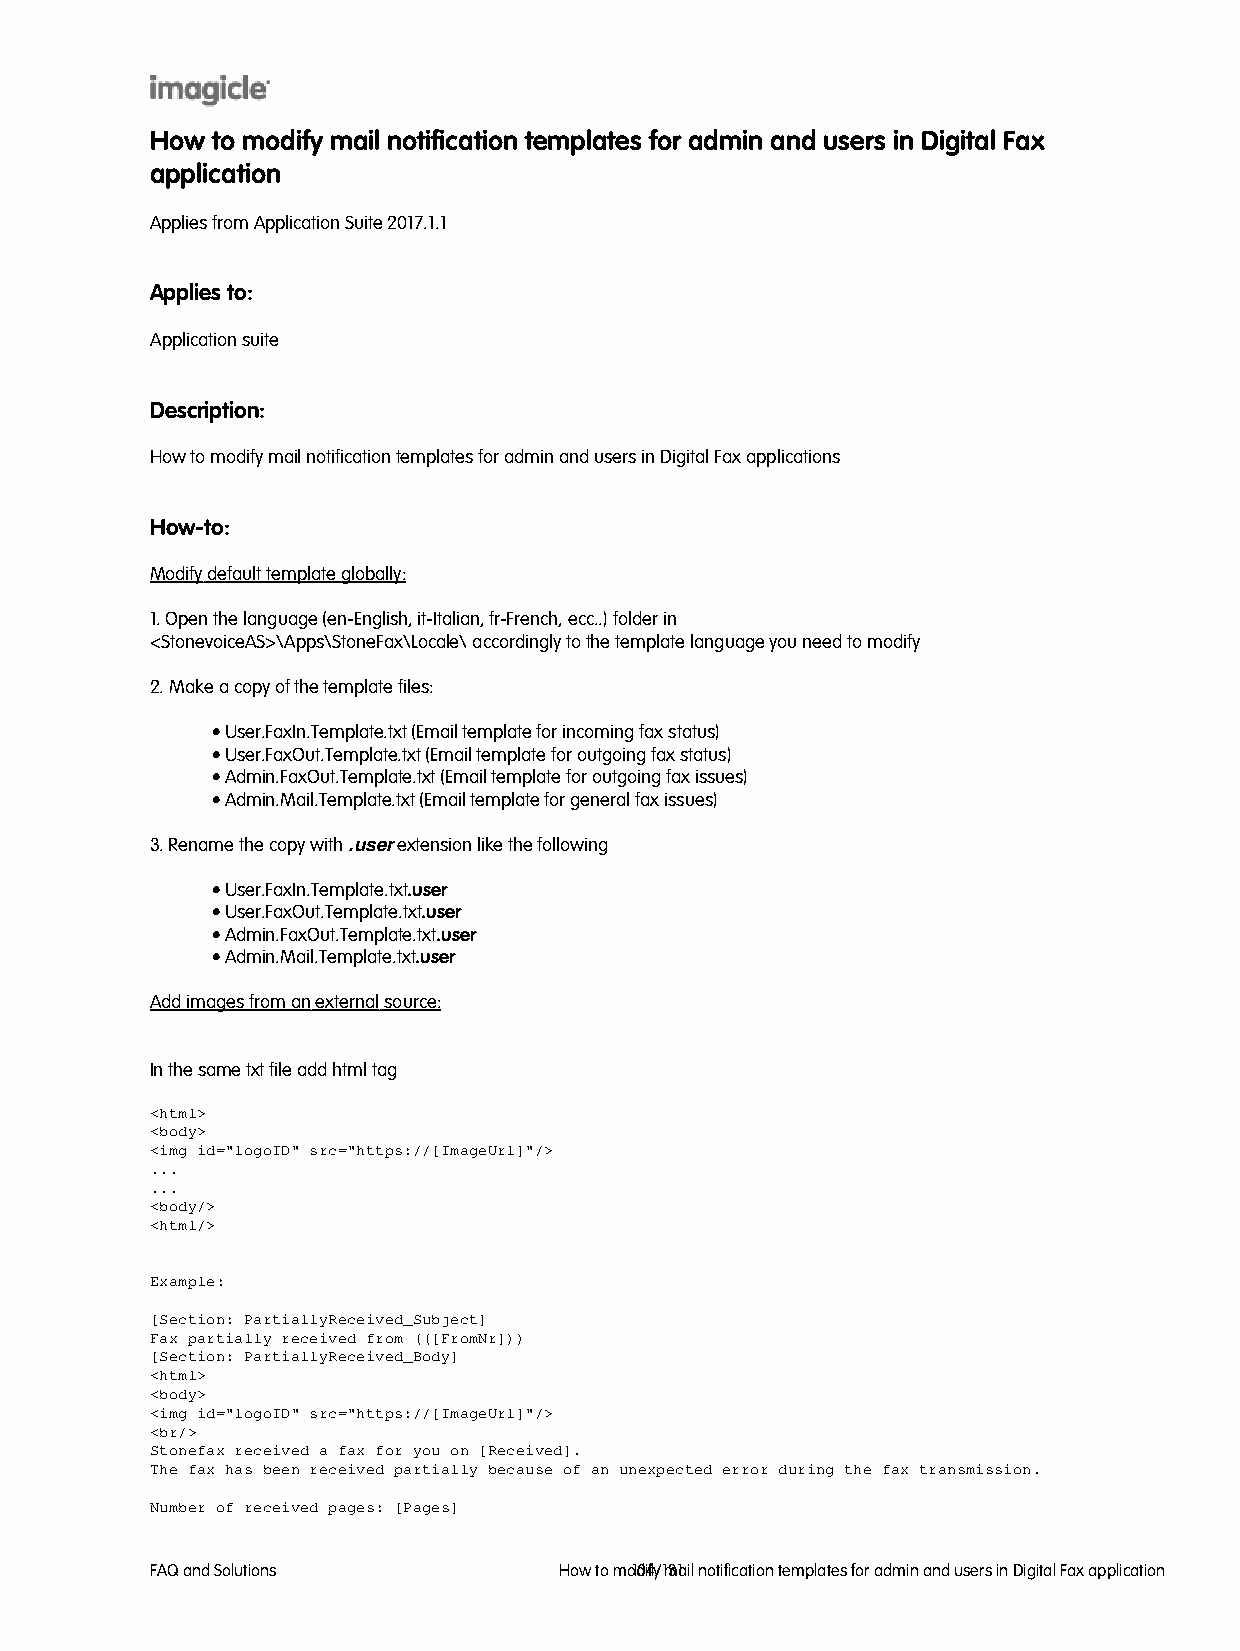
How to modify mail notification templates for admin and users in Digital Fax
 application
 Applies from Application Suite 2017.1.1
 Applies to:
 Application suite
 Description:
 How to modify mail notification templates for admin and users in Digital Fax applications
 How-to:
 Modify default template globally:
 1. Open the language (en-English, it-Italian, fr-French, ecc..) folder in
 <StonevoiceAS>\Apps\StoneFax\Locale\ accordingly to the template language you need to modify
 2. Make a copy of the template files:
 • User.FaxIn.Template.txt (Email template for incoming fax status)
 • User.FaxOut.Template.txt (Email template for outgoing fax status)
 • Admin.FaxOut.Template.txt (Email template for outgoing fax issues)
 • Admin.Mail.Template.txt (Email template for general fax issues)
 3. Rename the copy with .user extension like the following
 • User.FaxIn.Template.txt.user
 • User.FaxOut.Template.txt.user
 • Admin.FaxOut.Template.txt.user
 • Admin.Mail.Template.txt.user
 Add images from an external source:
 In the same txt file add html tag
 <html>
 <body>
 <img id="logoID" src="https://[ImageUrl]"/>
 ...
 ...
 <body/>
 <html/>
 Example:
 [Section: PartiallyReceived_Subject]
 Fax partially received from (([FromNr]))
 [Section: PartiallyReceived_Body]
 <html>
 <body>
 <img id="logoID" src="https://[ImageUrl]"/>
 <br/>
 Stonefax received a fax for you on [Received].
 The fax has been received partially because of an unexpected error during the fax transmission.
 Number of received pages: [Pages]
 FAQ and Solutions          How to mo1d0i4fy/ 1m3a1il notification templates for admin and users in Digital Fax application